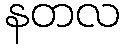
နတလ